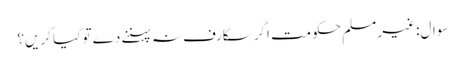
سوال: غیر مسلم حکومت اگر سکارف نہ پہننے دے تو کیا کریں؟